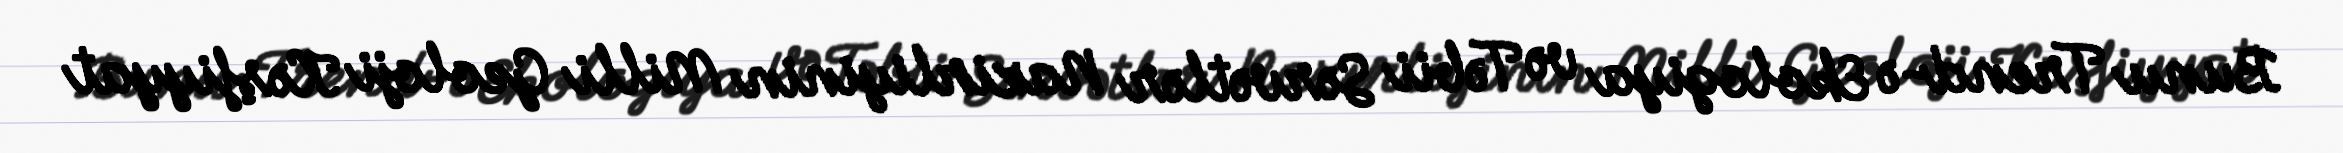
Bunu Trend-ə Ekologiya və Təbii Sərvətlər Nazirliyinin Milli Geoloji Kəşfiyyat